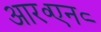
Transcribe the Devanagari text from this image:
आर॰एन॰